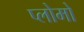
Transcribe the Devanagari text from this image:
प्लोमो